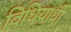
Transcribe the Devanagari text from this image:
विधियार्थी